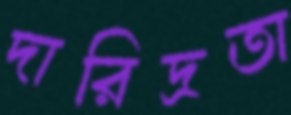
দারিদ্রতা